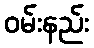
ဝမ်းနည်း